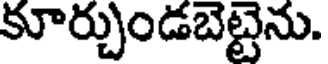
కూర్చుండబెట్టెను.